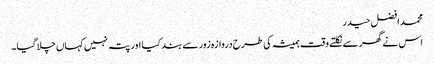
محمد افضل حیدر
اس نے گھر سے نکلتے وقت ہمیشہ کی طرح دروازہ زور سے بند کیا اور پتہ نہیں کہاں چلا گیا۔